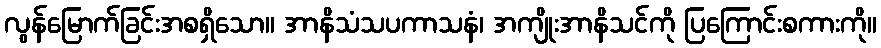
လွန်မြောက်ခြင်းအစရှိသော။ အာနိသံသပကာသနံ၊ အကျိုးအာနိသင်ကို ပြကြောင်းစကားကို။